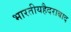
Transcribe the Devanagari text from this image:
भारतीयहैदराबाद